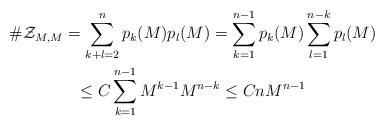
LaTeX: \begin{gather*}\#\mathcal{Z}_{M,M} = \sum_{k+l=2}^n p_k(M)p_l(M) =\sum_{k=1}^{n-1} p_k(M) \sum_{l=1}^{n-k} p_l(M) \\\leq C \sum_{k=1}^{n-1} M^{k-1} M^{n-k} \leq C nM^{n-1}\end{gather*}